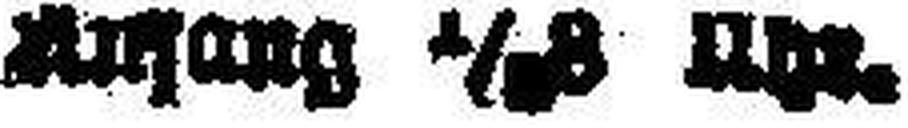
Anfang 1/###8 Uhr